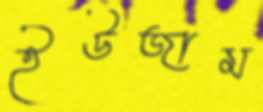
ইউজাম